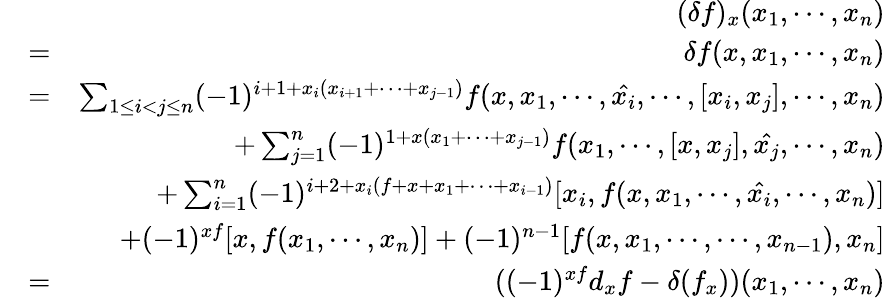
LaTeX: \begin{array}{rlr}&{}&{(\delta f)_{x}(x_{1},\cdots,x_{n})}\\ &{=}&{\delta f(x,x_{1},\cdots,x_{n})}\\ &{=}&{\sum_{1\le i<j\le n}(-1)^{i+1+x_{i}(x_{i+1}+\cdots+x_{j-1})}f(x,x_{1},\cdots,\hat{x_{i}},\cdots,[x_{i},x_{j}],\cdots,x_{n})}\\ &{}&{+\sum_{j=1}^{n}(-1)^{1+x(x_{1}+\cdots+x_{j-1})}f(x_{1},\cdots,[x,x_{j}],\hat{x_{j}},\cdots,x_{n})}\\ &{}&{+\sum_{i=1}^{n}(-1)^{i+2+x_{i}(f+x+x_{1}+\cdots+x_{i-1})}[x_{i},f(x,x_{1},\cdots,\hat{x_{i}},\cdots,x_{n})]}\\ &{}&{+(-1)^{xf}[x,f(x_{1},\cdots,x_{n})]+(-1)^{n-1}[f(x,x_{1},\cdots,\cdots,x_{n-1}),x_{n}]}\\ &{=}&{((-1)^{xf}d_{x}f-\delta(f_{x}))(x_{1},\cdots,x_{n})}\end{array}